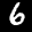
Label: 6